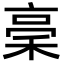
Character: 稁